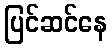
ပြင်ဆင်နေ